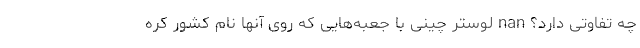
چه تفاوتی دارد؟ nan لوستر چینی با جعبه‌هایی که روی آنها نام کشور کُره